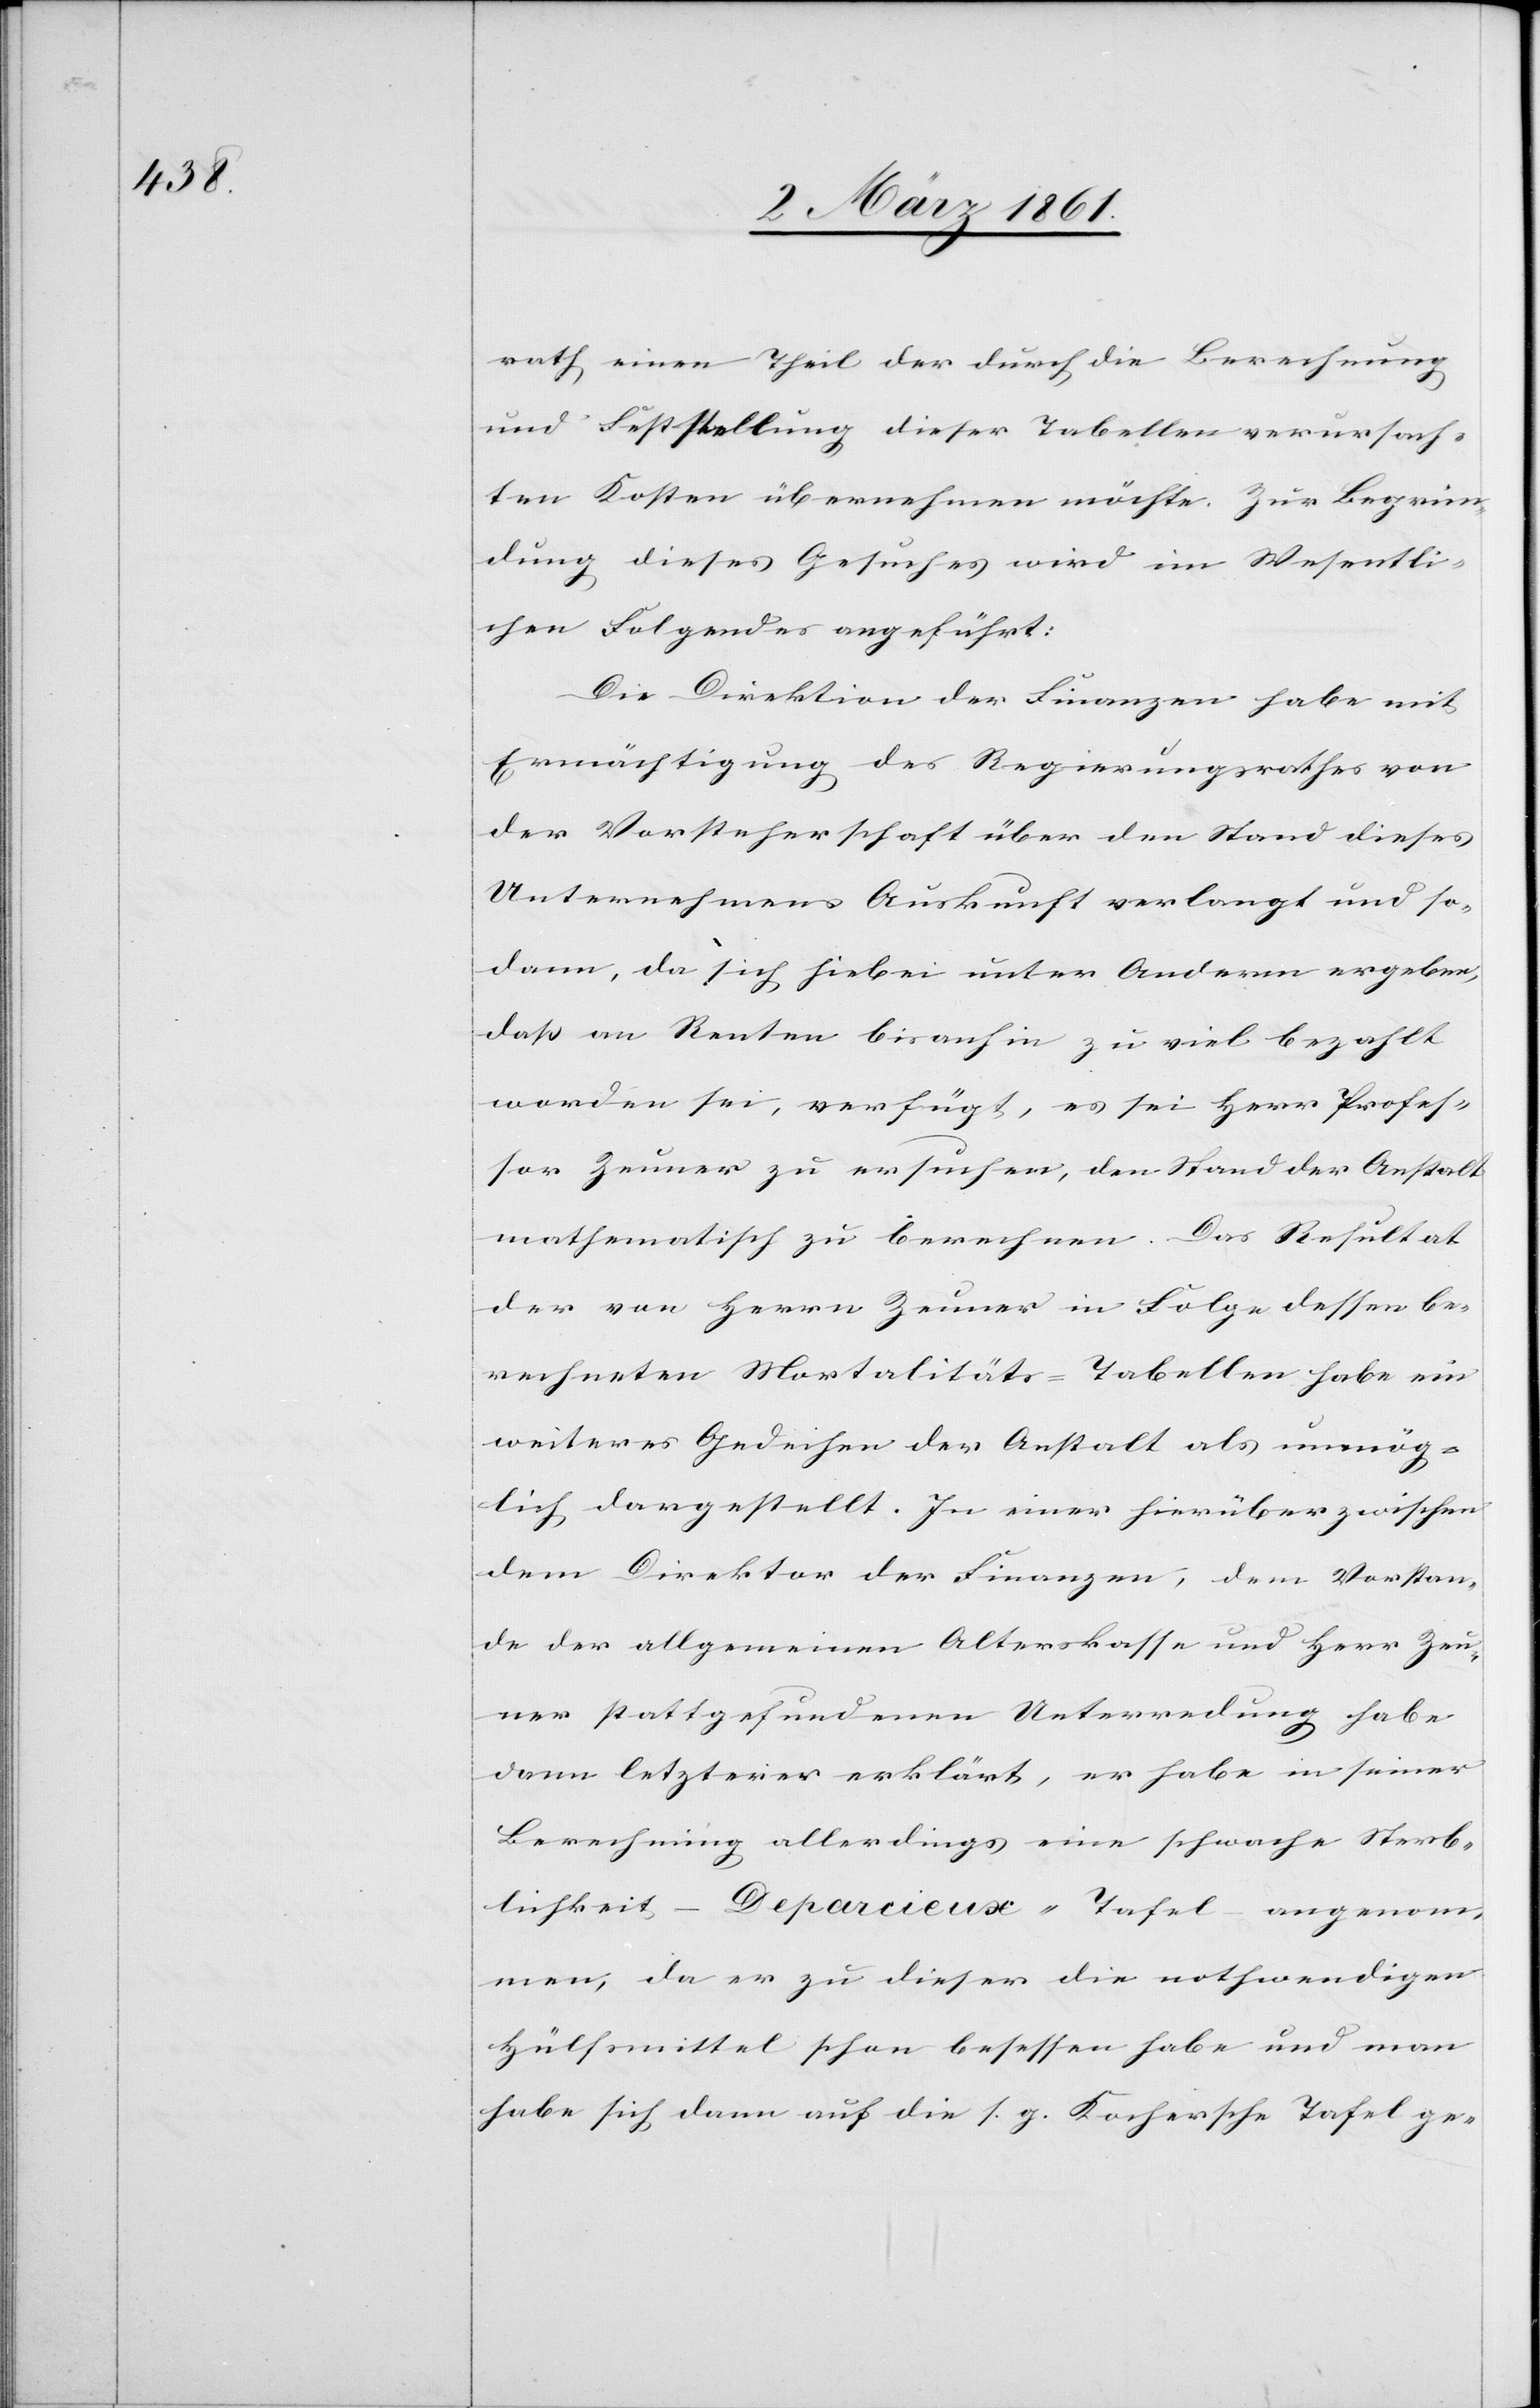
rath einen Theil der durch die Berechnung
und Feststellung dieser Tabellen verursach¬
ten Kosten übernehmen möchte. Zur Begrün¬
dung dieses Gesuches wird im Wesentli¬
chen Folgendes angeführt:
Die Direktion der Finanzen habe mit
Ermächtigung des Regierungsrathes von
der Vorsteherschaft über den Stand dieses
Unternehmens Auskunft verlangt und so¬
dann, da sich hiebei unter Anderm ergeben,
dass an Renten bis anhin zu viel bezahlt
worden sei, verfügt, es sei Herr Profes¬
sor Zeuner zu ersuchen, den Stand der Anstalt
mathematisch zu berechnen. Das Resultat
der von Herrn Zeuner in Folge dessen be¬
rechneten Mortalitäts-Tabellen habe ein
weiteres Gedeihen der Anstalt als unmög¬
lich dargestellt. In einer hierüber zwischen
dem Direktor der Finanzen, dem Vorstan¬
de der allgemeinen Alterskasse und Herr Zeu¬
ner stattgefundenen Unterredung habe
dann letzterer erklärt, er habe in seiner
Berechnung allerdings eine schwache Sterb¬
lichkeit – Deparcieux-Tafel – angenom¬
men, da er zu dieser die nothwendigen
Hülfsmittel schon besessen habe und man
habe sich dann auf die s. g. Kochersche Tafel ge-